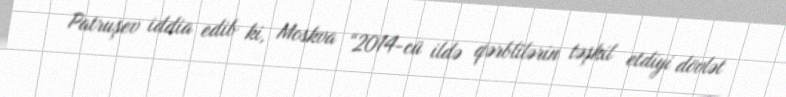
Patruşev iddia edib ki, Moskva “2014-cü ildə qərblilərin təşkil etdiyi dövlət